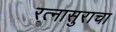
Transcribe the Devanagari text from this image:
रत्नासुराचा